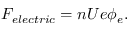
F _ { e l e c t r i c } = n U e \phi _ { e } .